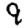
Digit: 9